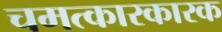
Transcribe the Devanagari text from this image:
चमत्कारकारक